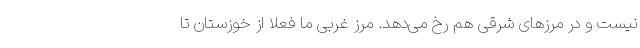
نیست و در مرزهای شرقی هم رخ می‌دهد. مرز غربی ما فعلا از خوزستان تا